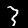
Digit: 3